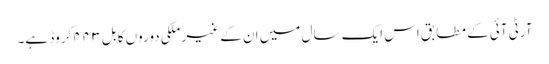
آرٹی آئی کے مطابق اس ایک سال میں ان کے غیر ملکی دوروں کا بل ۴۴۳ کروڈ ہے۔